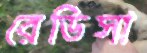
রেডিসা